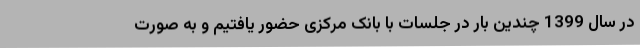
در سال 1399 چندین بار در جلسات با بانک مرکزی حضور یافتیم و به صورت